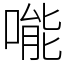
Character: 𠹌